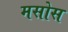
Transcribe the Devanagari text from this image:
मसोस